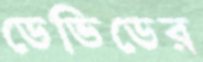
ডেভিডের